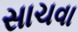
સાચવા